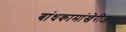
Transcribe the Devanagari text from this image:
बांधकामांखेरीज